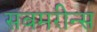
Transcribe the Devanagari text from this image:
सबमरीन्स